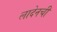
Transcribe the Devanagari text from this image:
लादेनची